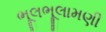
ભૂલભૂલામણી